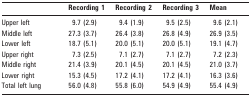
<table><thead><tr><td></td><td><b>Recording 1</b></td><td><b>Recording 2</b></td><td><b>Recording 3</b></td><td><b>Mean</b></td></tr></thead><tbody><tr><td>Upper left</td><td>9.7 (2.9)</td><td>9.4 (1.9)</td><td>9.5 (2.5)</td><td>9.6 (2.1)</td></tr><tr><td>Middle left</td><td>27.3 (3.7)</td><td>26.4 (3.8)</td><td>26.8 (4.9)</td><td>26.9 (3.5)</td></tr><tr><td>Lower left</td><td>18.7 (5.1)</td><td>20.0 (5.1)</td><td>20.0 (5.1)</td><td>19.1 (4.7)</td></tr><tr><td>Upper right</td><td>7.3 (2.5)</td><td>7.1 (2.7)</td><td>7.1 (2.7)</td><td>7.2 (2.3)</td></tr><tr><td>Middle right</td><td>21.4 (3.9)</td><td>20.1 (4.5)</td><td>20.1 (4.5)</td><td>21.0 (3.7)</td></tr><tr><td>Lower right</td><td>15.3 (4.5)</td><td>17.2 (4.1)</td><td>17.2 (4.1)</td><td>16.3 (3.6)</td></tr><tr><td>Total left lung</td><td>56.0 (4.8)</td><td>55.8 (6.0)</td><td>54.9 (4.9)</td><td>55.4 (4.9)</td></tr></tbody></table>